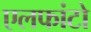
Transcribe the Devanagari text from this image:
एलफांटो